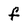
Character: f